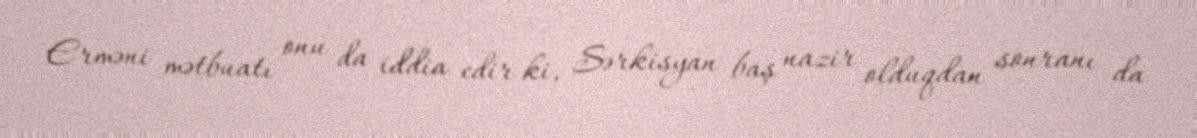
Erməni mətbuatı onu da iddia edir ki, Sərkisyan baş nazir olduqdan sonranı da